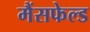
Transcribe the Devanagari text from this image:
मैंसफेल्ड